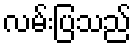
လမ်းပြသည်